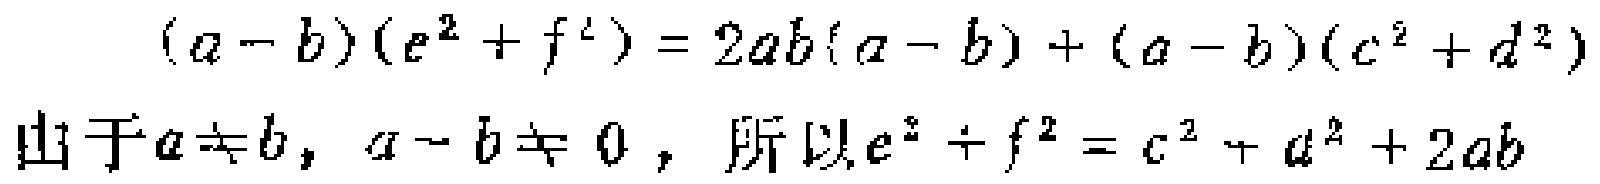
\((a - b)(e^{2}+f^{2}) = 2ab(a - b)+(a - b)(c^{2}+d^{2})\)
由于\(a\neq b\)，\(a - b\neq 0\)，所以\(e^{2}+f^{2}=c^{2}+d^{2}+2ab\)